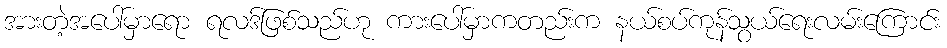
အားတဲ့အပေါ်မှာရော ရလဒ်ဖြစ်သည်ဟု ကားပေါ်မှာကတည်းက နယ်စပ်ကုန်သွယ်ရေးလမ်းကြောင်း